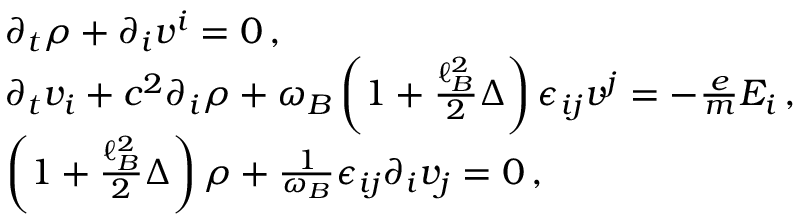
\begin{array} { r l } & { \partial _ { t } \rho + \partial _ { i } v ^ { i } = 0 \, , } \\ & { \partial _ { t } v _ { i } + c ^ { 2 } \partial _ { i } \rho + \omega _ { B } \left( 1 + \frac { \ell _ { B } ^ { 2 } } { 2 } \Delta \right) \epsilon _ { i j } v ^ { j } = - \frac { e } { m } E _ { i } \, , } \\ & { \left( 1 + \frac { \ell _ { B } ^ { 2 } } { 2 } \Delta \right) \rho + \frac { 1 } { \omega _ { B } } \epsilon _ { i j } \partial _ { i } v _ { j } = 0 \, , } \end{array}